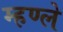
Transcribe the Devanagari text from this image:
म्हण्ले